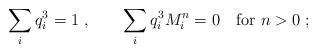
\begin{align*}\sum_i q_i^3=1 \; , \quad\quad \sum_i q_i^3 M_i^n=0 \quad {\rm for}\ n>0 \; ;\end{align*}